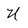
Character: U